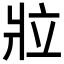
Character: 𬌁